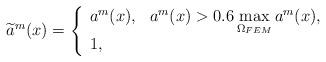
LaTeX: \begin{align*} \widetilde{a}^m(x)=\left\{ \begin{array}{ll} a^m(x), & a^m(x)> 0.6 \max\limits_{\Omega_{FEM} }a^m(x), \\ 1, & \end{array} \right. \end{align*}